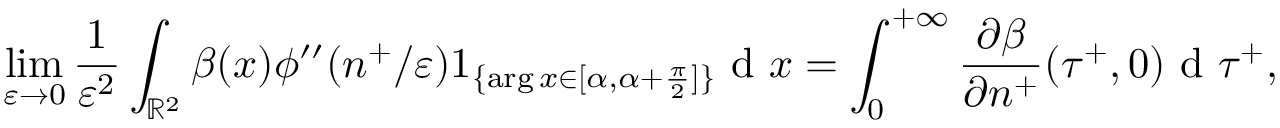
\operatorname* { l i m } _ { \varepsilon \to 0 } \frac { 1 } { \varepsilon ^ { 2 } } \int _ { \mathbb { R } ^ { 2 } } \beta ( x ) \phi ^ { \prime \prime } ( n ^ { + } / \varepsilon ) 1 _ { \{ \arg x \in [ \alpha , \alpha + \frac { \pi } { 2 } ] \} } \textrm { d } x = \int _ { 0 } ^ { + \infty } \frac { \partial \beta } { \partial n ^ { + } } ( \tau ^ { + } , 0 ) \textrm { d } \tau ^ { + } ,